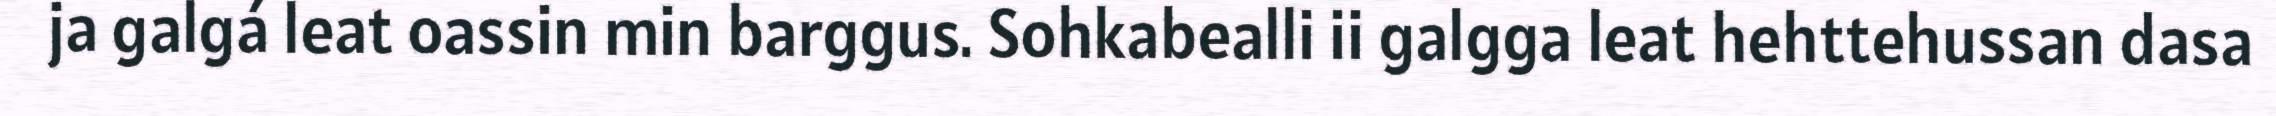
ja galgá leat oassin min barggus. Sohkabealli ii galgga leat hehttehussan dasa